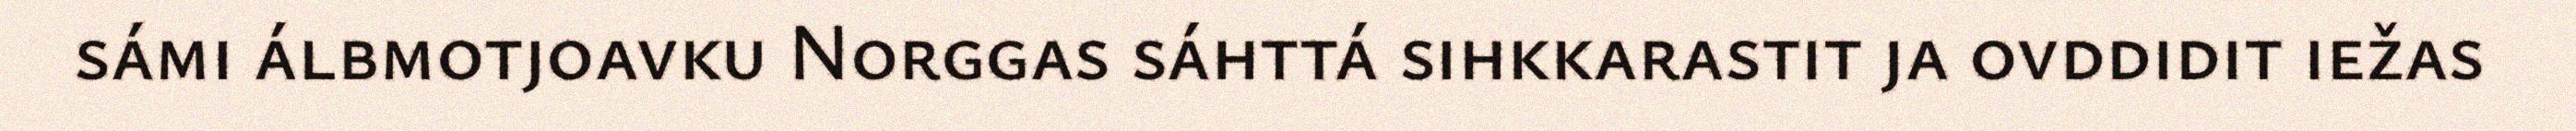
sámi álbmotjoavku Norggas sáhttá sihkkarastit ja ovddidit iežas